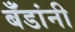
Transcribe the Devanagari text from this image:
बँडांनी